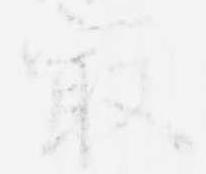
最